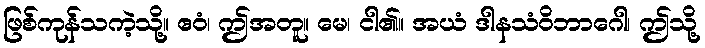
ဖြစ်ကုန်သကဲ့သို့။ ဧဝံ၊ ဤအတူ။ မေ၊ ငါ၏။ အယံ ဒါနသံဝိဘာဂေါ၊ ဤသို့